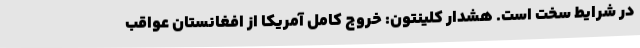
در شرایط سخت است. هشدار کلینتون: خروج کامل آمریکا از افغانستان عواقب